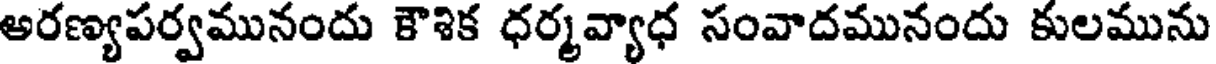
అరణ్యపర్వమునందు కౌశిక ధర్మవ్యాధ సంవాదమునందు కులమును